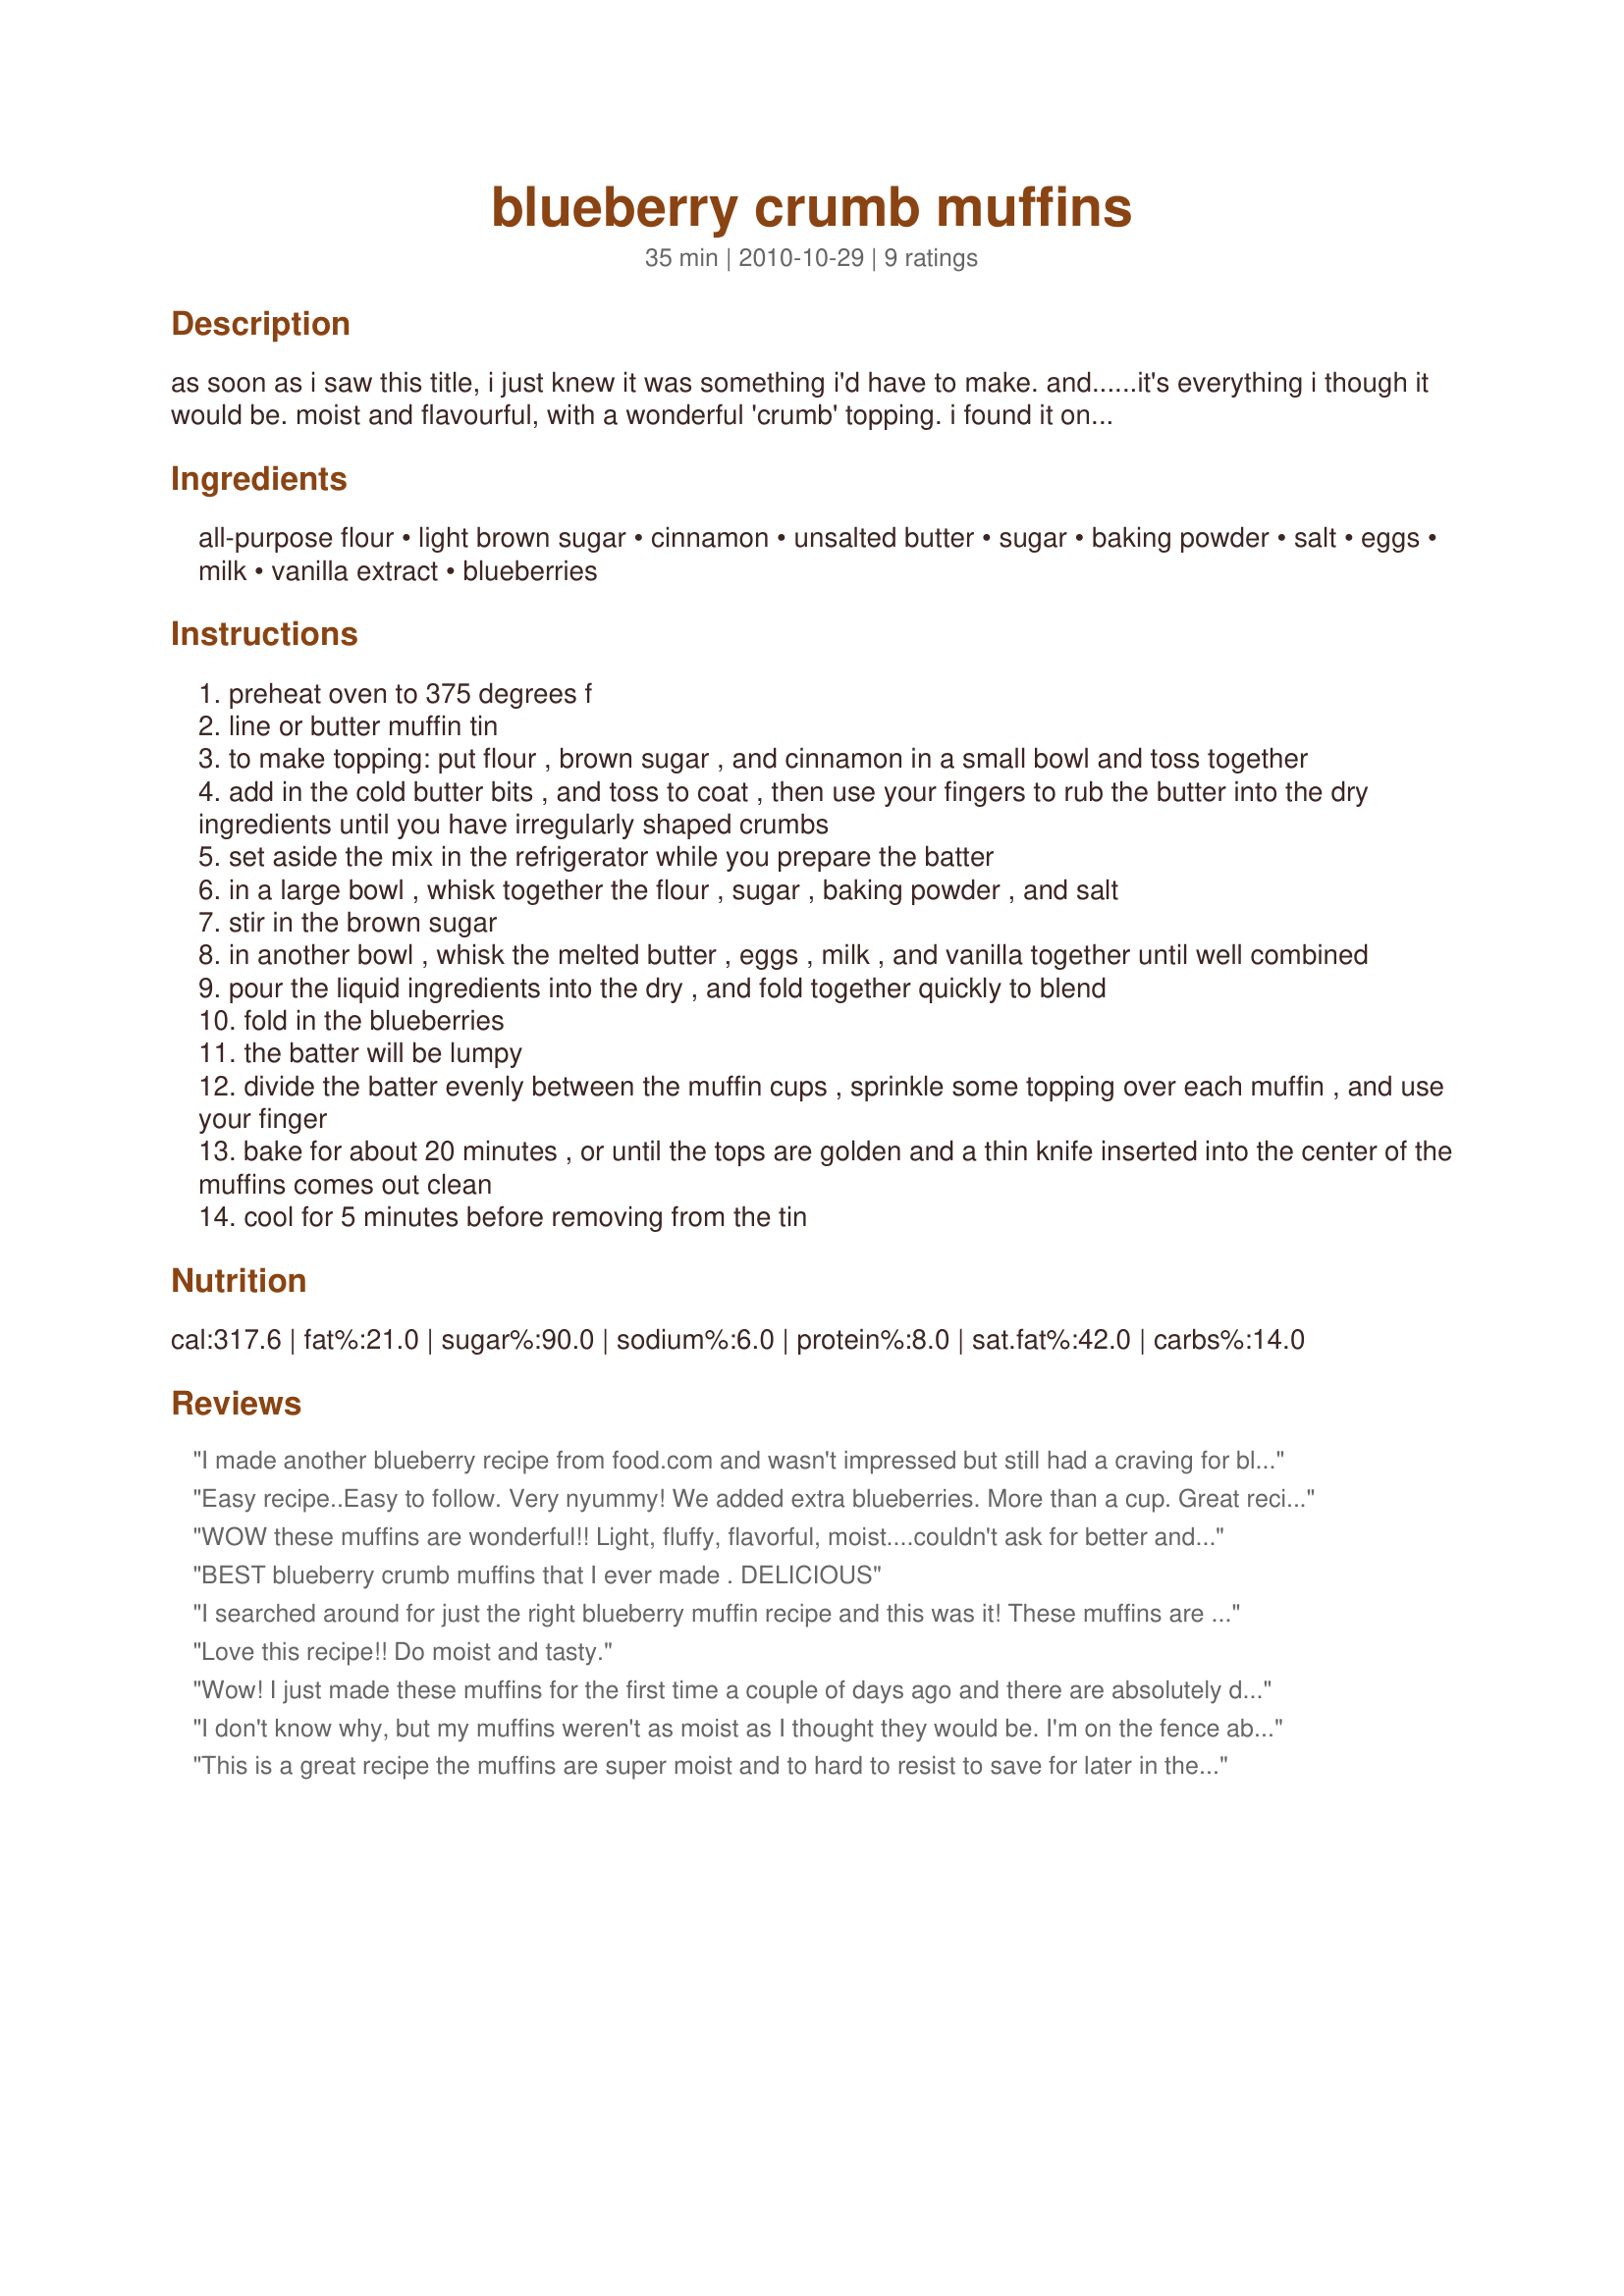
blueberry crumb muffins
Preparation time: 35 minutes

as soon as i saw this title, i just knew it was something i'd have to make.
and......it's everything i though it would be. moist and flavourful, with a wonderful 'crumb' topping.
i found it on "a pinch of sugar" recipe blog. the writer - jen t - mentions that she adapted it from a 'dorie greenspan' recipe

Ingredients:
all-purpose flour, light brown sugar, cinnamon, unsalted butter, sugar, baking powder, salt, eggs, milk, vanilla extract, blueberries

Steps:
preheat oven to 375 degrees f
line or butter muffin tin
to make topping: put flour , brown sugar , and cinnamon in a small bowl and toss together
add in the cold butter bits , and toss to coat , then use your fingers to rub the butter into the dry ingredients until you have irregularly shaped crumbs
set aside the mix in the refrigerator while you prepare the batter
in a large bowl , whisk together the flour , sugar , baking powder , and salt
stir in the brown sugar
in another bowl , whisk the melted butter , eggs , milk , and vanilla together until well combined
pour the liquid ingredients into the dry , and fold together quickly to blend
fold in the blueberries
the batter will be lumpy
divide the batter evenly between the muffin cups , sprinkle some topping over each muffin , and use your finger
bake for about 20 minutes , or until the tops are golden and a thin knife inserted into the center of the muffins comes out clean
cool for 5 minutes before removing from the tin

Reviews:
I made another blueberry recipe from food.com and wasn't impressed but still had a craving for blueberry muffins so I tried again with this one and it turned out great!!-Thanks!!!
Easy recipe..Easy to follow. Very nyummy! We added extra blueberries. More than a cup. Great recipe for saving those blueberries before they go!
WOW these muffins are wonderful!! Light, fluffy, flavorful, moist....couldn't ask for better and oh, so easy!!!
BEST blueberry crumb muffins that I ever made . DELICIOUS
I searched around for just the right blueberry muffin recipe and this was it! These muffins are very moist, flavorful and look special with the crumb topping. A bit of a splurge for the calorie conscious, but worth it.
Love this recipe!! Do moist and tasty.
Wow! I just made these muffins for the first time a couple of days ago and there are absolutely delicious. My family ate them up instantly. I used a heaping cup full of blueberries and they were perfect. Any less would have made the muffins dry. The recipe was very easy and pretty quick.
I don't know why, but my muffins weren't as moist as I thought they would be. I'm on the fence about these. I gave them a four because hopefully they'll be better later. I may attempt to make these again. They were good aside from being dry, maybe next time I'll bake them for under 20 minutes. Thanks for the recipe :)
This is a great recipe the muffins are super moist and to hard to resist to save for later in the day. The first time that I made it I thought that they where a little bland so I added a few teaspoons of pumpkin pie spice to the batter. To the crumb topping I added nutmeg 1 teaspoon and pumpkin pie spice 2 teaspoons. With those seasonings added we thought that they where perfect. Thank you so much for posting.
